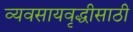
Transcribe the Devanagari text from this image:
व्यवसायवृद्धीसाठी